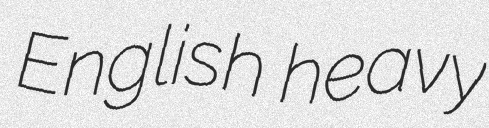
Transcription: English heavy